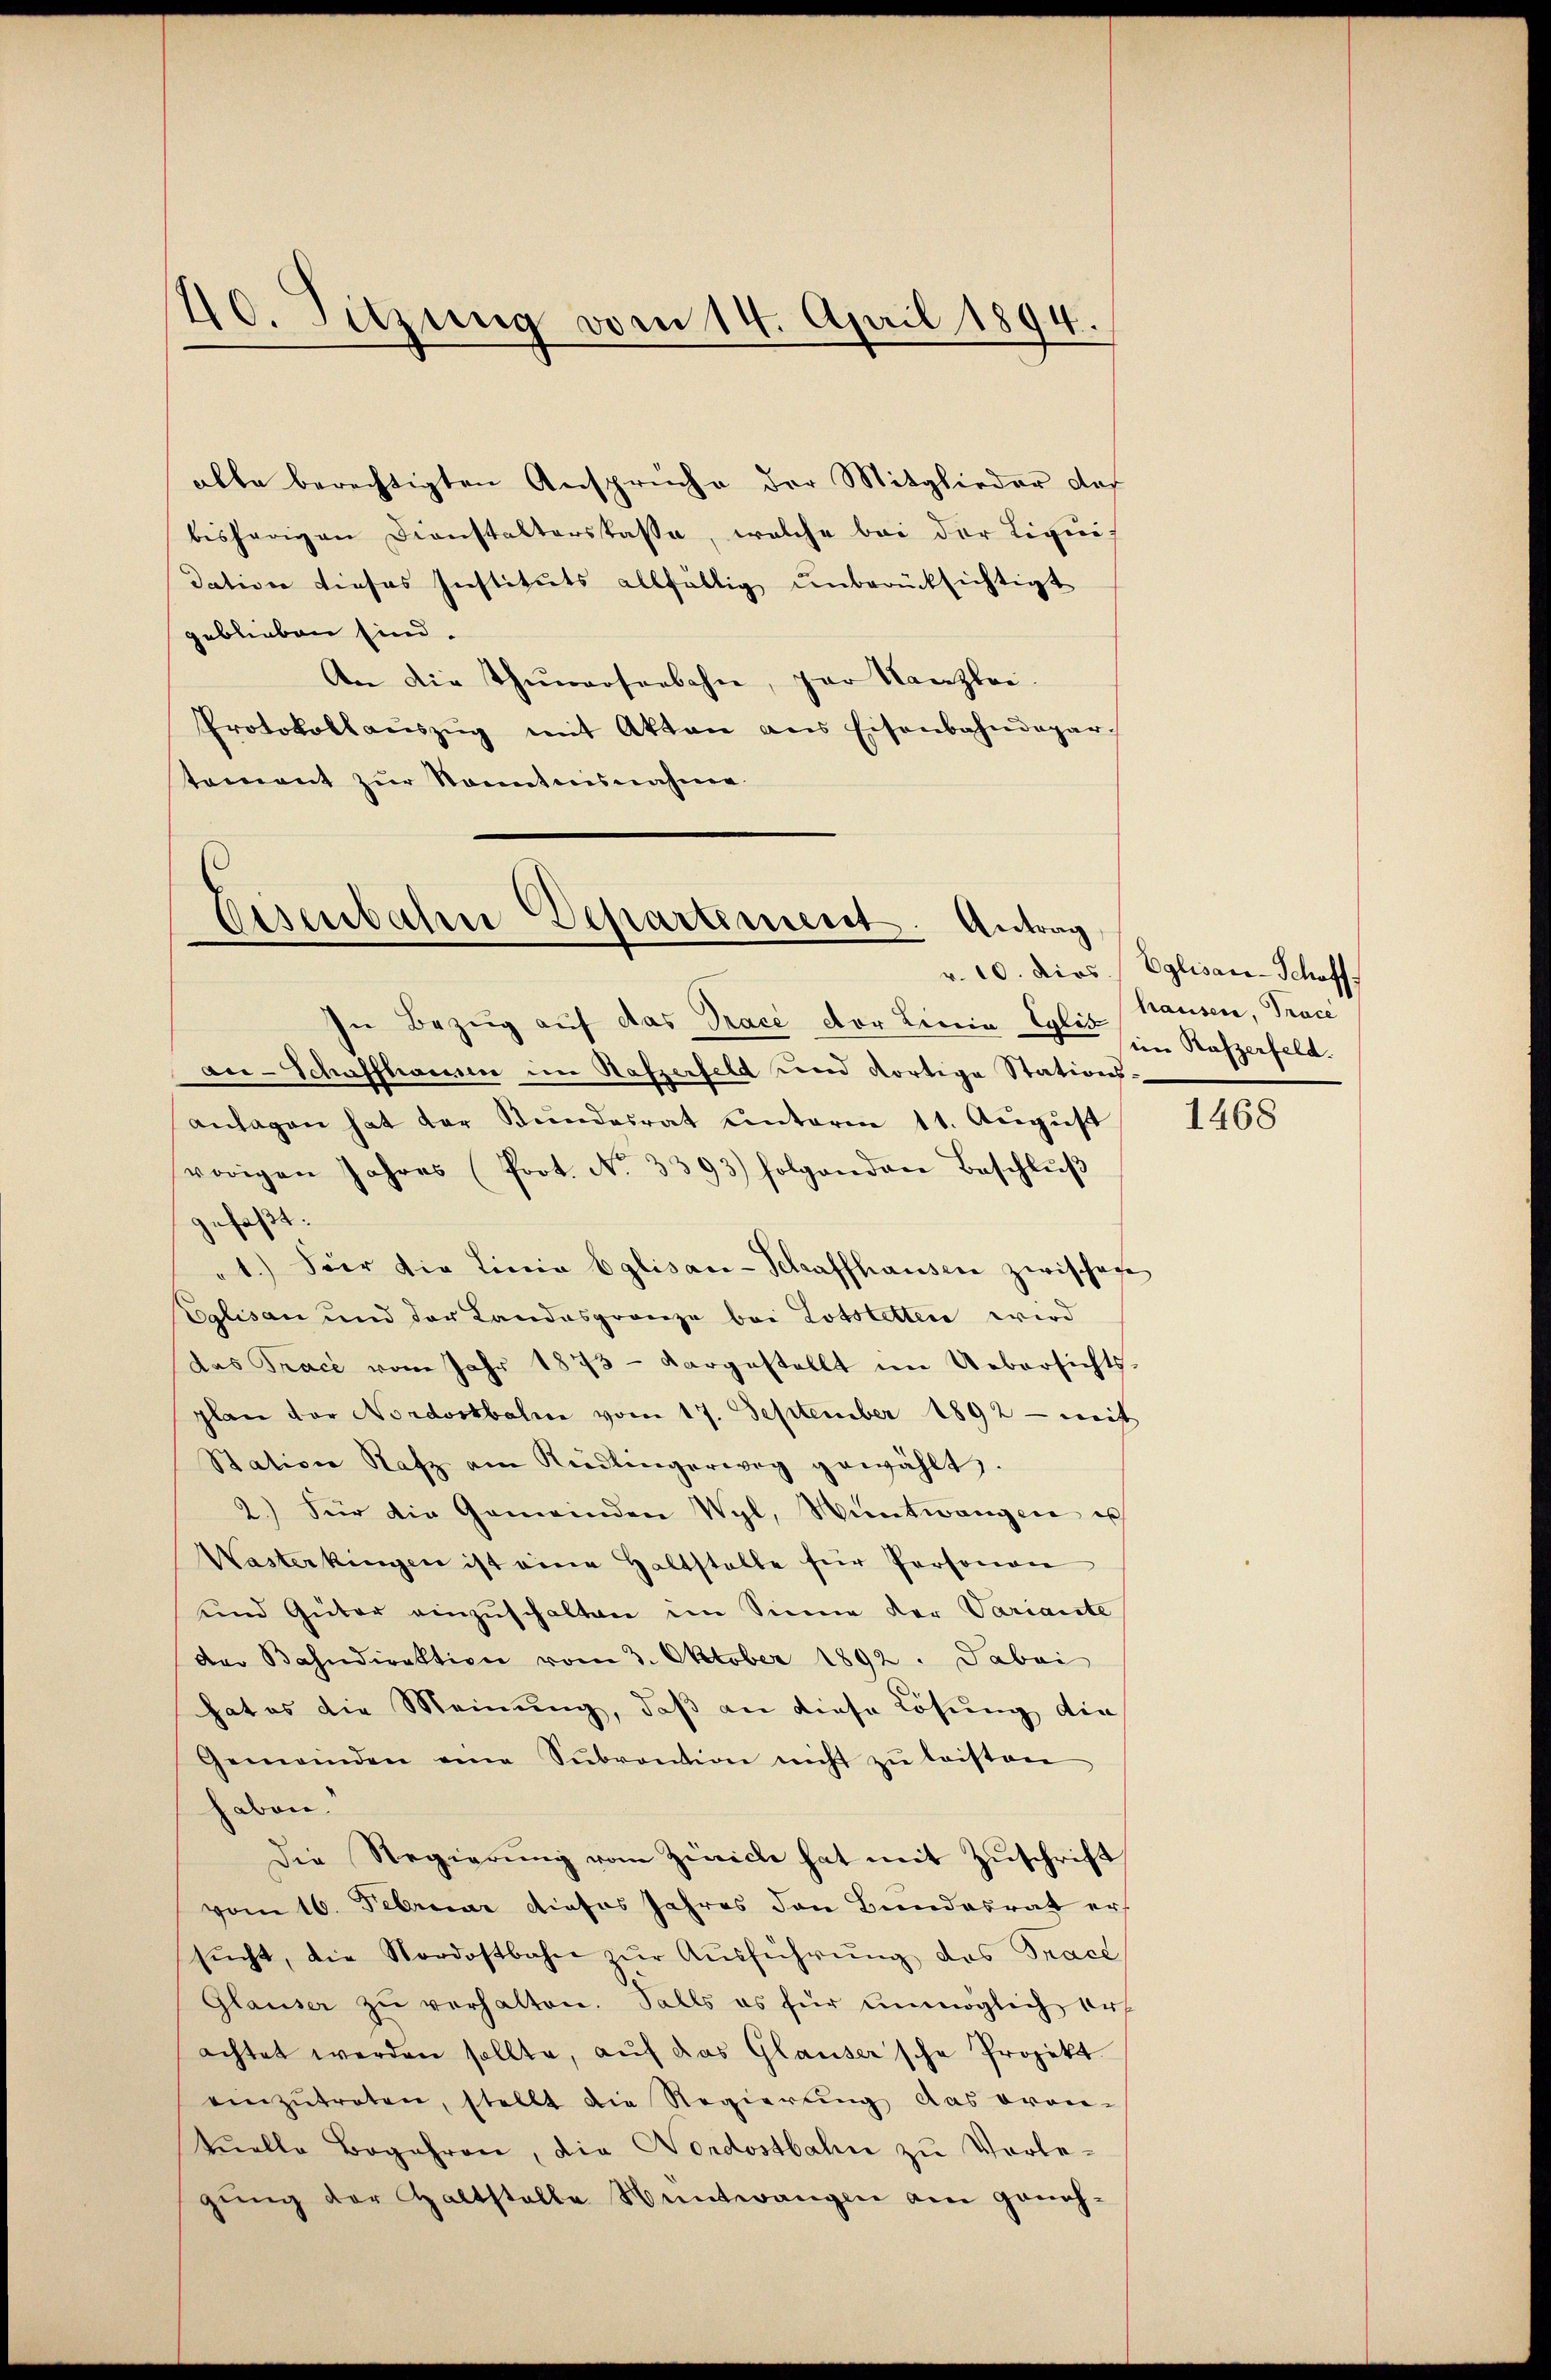
40. Sitzung vom 14. April 1894.

alle berechtigten Ansprüche der Mitglieder das
bisherigen Dienstalterskasse, welche bei der Liquis
dation dieses Instituts allfällig unberücksichtigt
geblieben sind.
An die Thunerseebahn, par Kanzlei.
Protokollaŭszŭg mit Akten ans Eisenbahndepar-
tement zŭr Sonntnisnahme

Eisenbahn Departement. Antrag

In Bezug auf das Trace der Linia Eglishausen, Trace
ai-Schaffhausen im Hafzerfeld und dortige Stations-
anlagen hat der Stŭndesrat unterm 11. Aŭgŭst
vorigen Jahres (Prot. No. 3393) folgenden Beschlŭβ
gefaßt:
1.) Der die Linia Eglisan-Schaffhausen zwischen
Eglisau und der Landasgränze bei Totstetten wird
das Trace vom Jahr 1873 - dargestellt im Uebersichts-
plan der Nordostbahn vom 17. September 1892 - weit
Station Rafz am Rüdlingerweg gewählt.
2.) Für die Gemeinden Wyl, Hüntwangen es
Wasterkingen ist eine Haltstalle für Personen
und Güter einzuschalten in Sinne der Variante
der Bahndirektion vom 3. Oktober 1892. Dabei
hat es die Meinung, daß an diese Lösung die
Gemeinden eine Sŭbvention nicht zŭ leisten
haben.
Die Regierung vom Zürich hat mit Zuschrift
vom 16. Februar dieses Jahres den Bundesrat ersŭcht, die Nordostbahn zŭr Aŭsführŭng des Trace
Glaŭser zŭ verhalten. Salls es für unmöglich erf
achtet werden sollte, auf das Glauser'sche Projekt
einzŭtreten, stellt die Regierŭng das oran-
tŭelle Begehren, die Nordostbahn zu Vorle-
gung der Haltstelle antwangen am geneh¬

r. 20. Dios / Eglisan-Schaff
ein Rafzerfeld.

1468